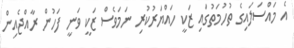
އެ މައްސަލައިގެ ތުހުމަތުގައި ޒަކީ ހައްޔަރުކުރި ނަމަވެސް ޒަކީ ވަނީ ފަހުން ރާއްޖެއިން